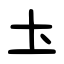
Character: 圡